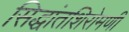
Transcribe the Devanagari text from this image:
सिद्धांतशिरोमणी